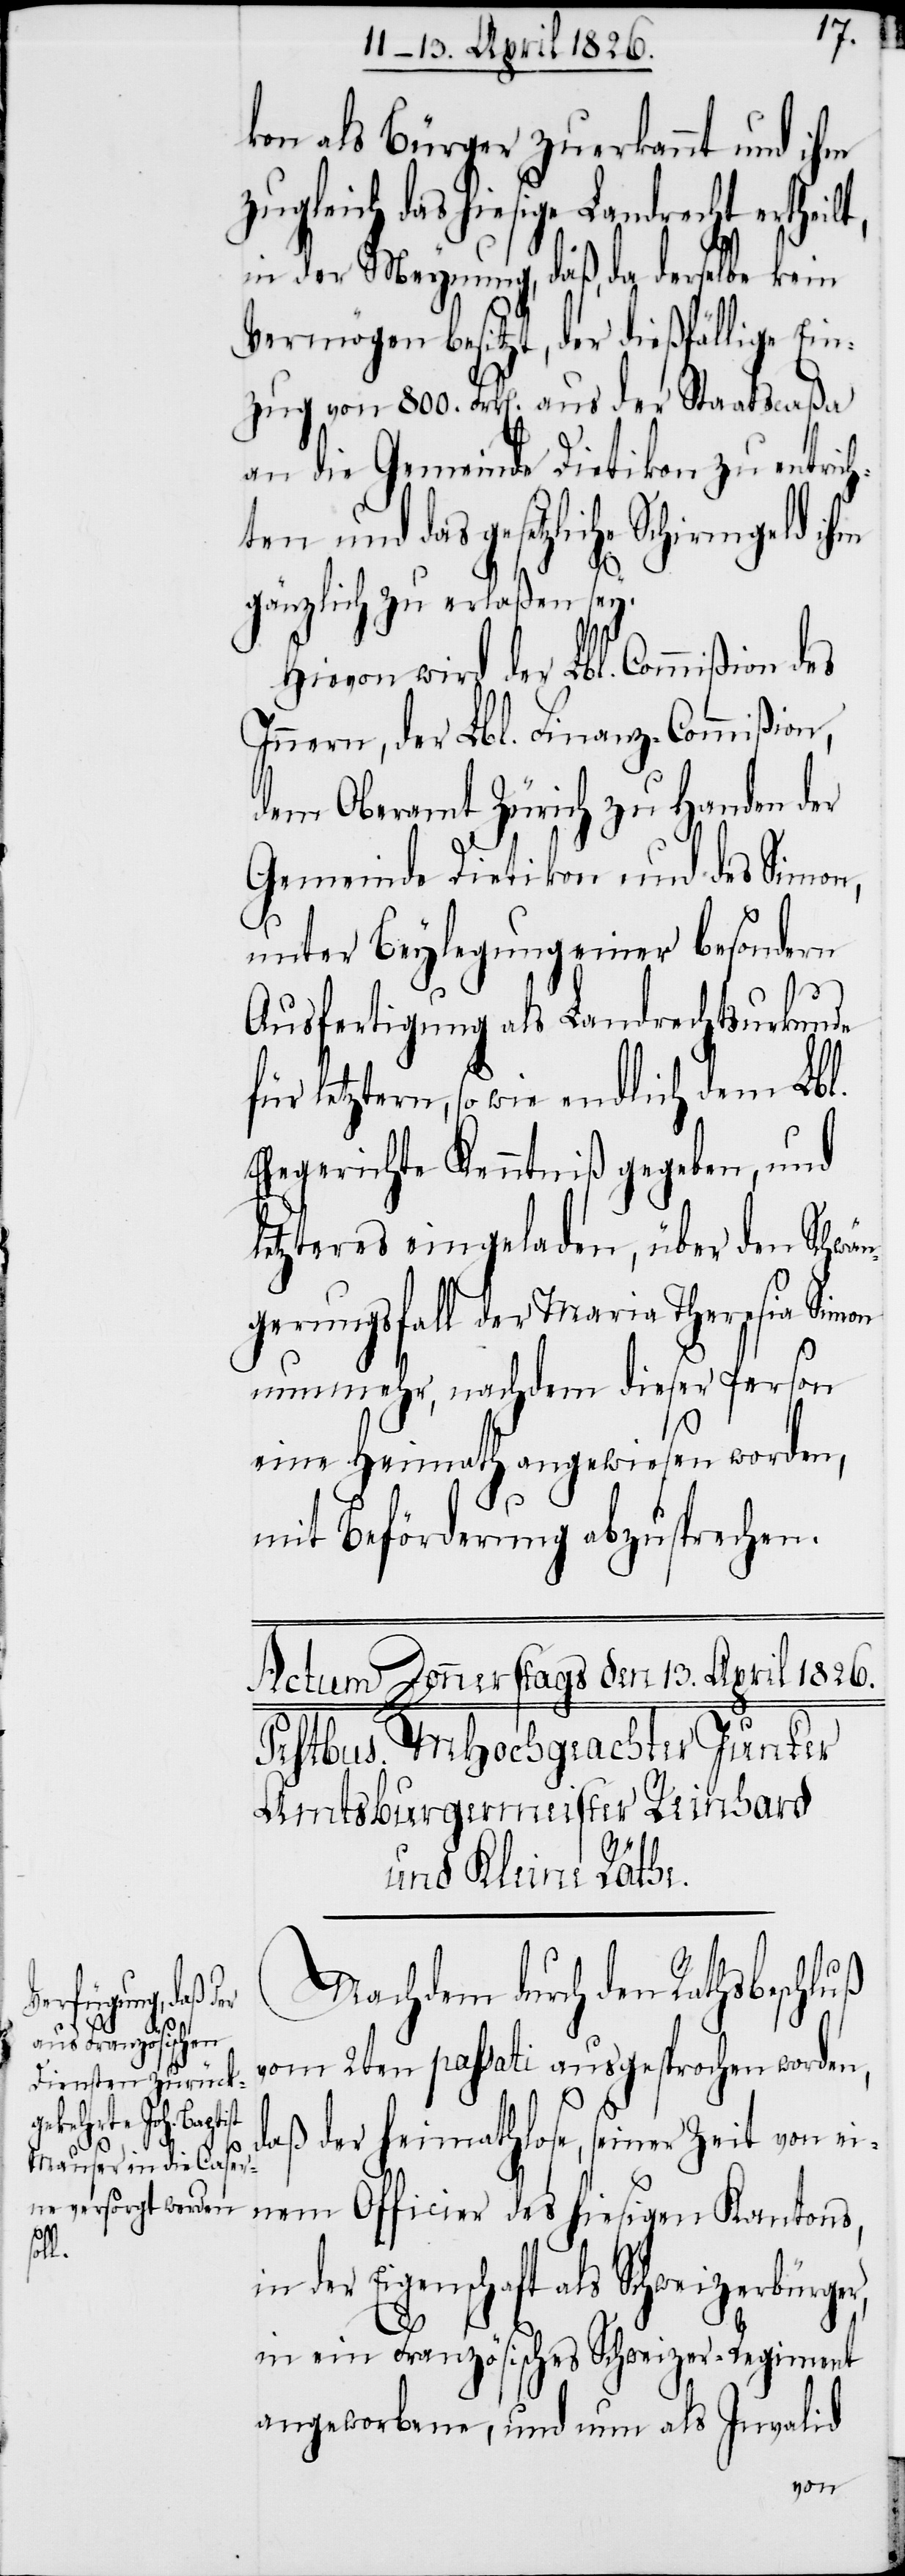
kon als Bürger zuerkannt und ihm
zugleich das hiesige Landrecht ertheilt,
in der Meynung, daß, da derselbe kein
Vermögen besitzt, der dießfällige Ein¬
zug von 800. Frk[en]. aus der Staatscaßa
an die Gemeinde Dietikon zu entrich¬
ten und das gesetzliche Schirmgeld ihm
gänzlich zu erlaßen sey.
Hievon wird der Lbl. Commißion des
Innern, der Lbl. Finanz-Commißion,
dem Oberamt Zürich zu Handen der
Gemeinde Dietikon und des Simon,
unter Beylegung einer besondern
Ausfertigung als Landrechtsurkunde
für letztern, so wie endlich dem Lbl.
Ehegerichte Kenntniß gegeben, und
letzteres eingeladen über den Schwä¬
ngerungsfall der Maria Theresia Simon
nunmehr, nachdem dieser Person
eine Heimath angewiesen worden,
mit Beförderung abzusprechen.
Nachdem durch den Rathsbeschluß
vom 2ten passati ausgesprochen worden,
daß der heimathlose, seiner Zeit von ei¬
nem Officier des hiesigen Kantons,
er,
der Eigenschaft als Schweizerbürg¬
in ein Französisches Schweizer-Regiment
angeworbene, und nun als Invalid